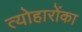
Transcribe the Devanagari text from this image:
त्योहारोंका